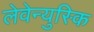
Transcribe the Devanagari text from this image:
लेवेन्युस्कि